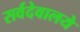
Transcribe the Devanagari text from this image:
सर्वदेवालये